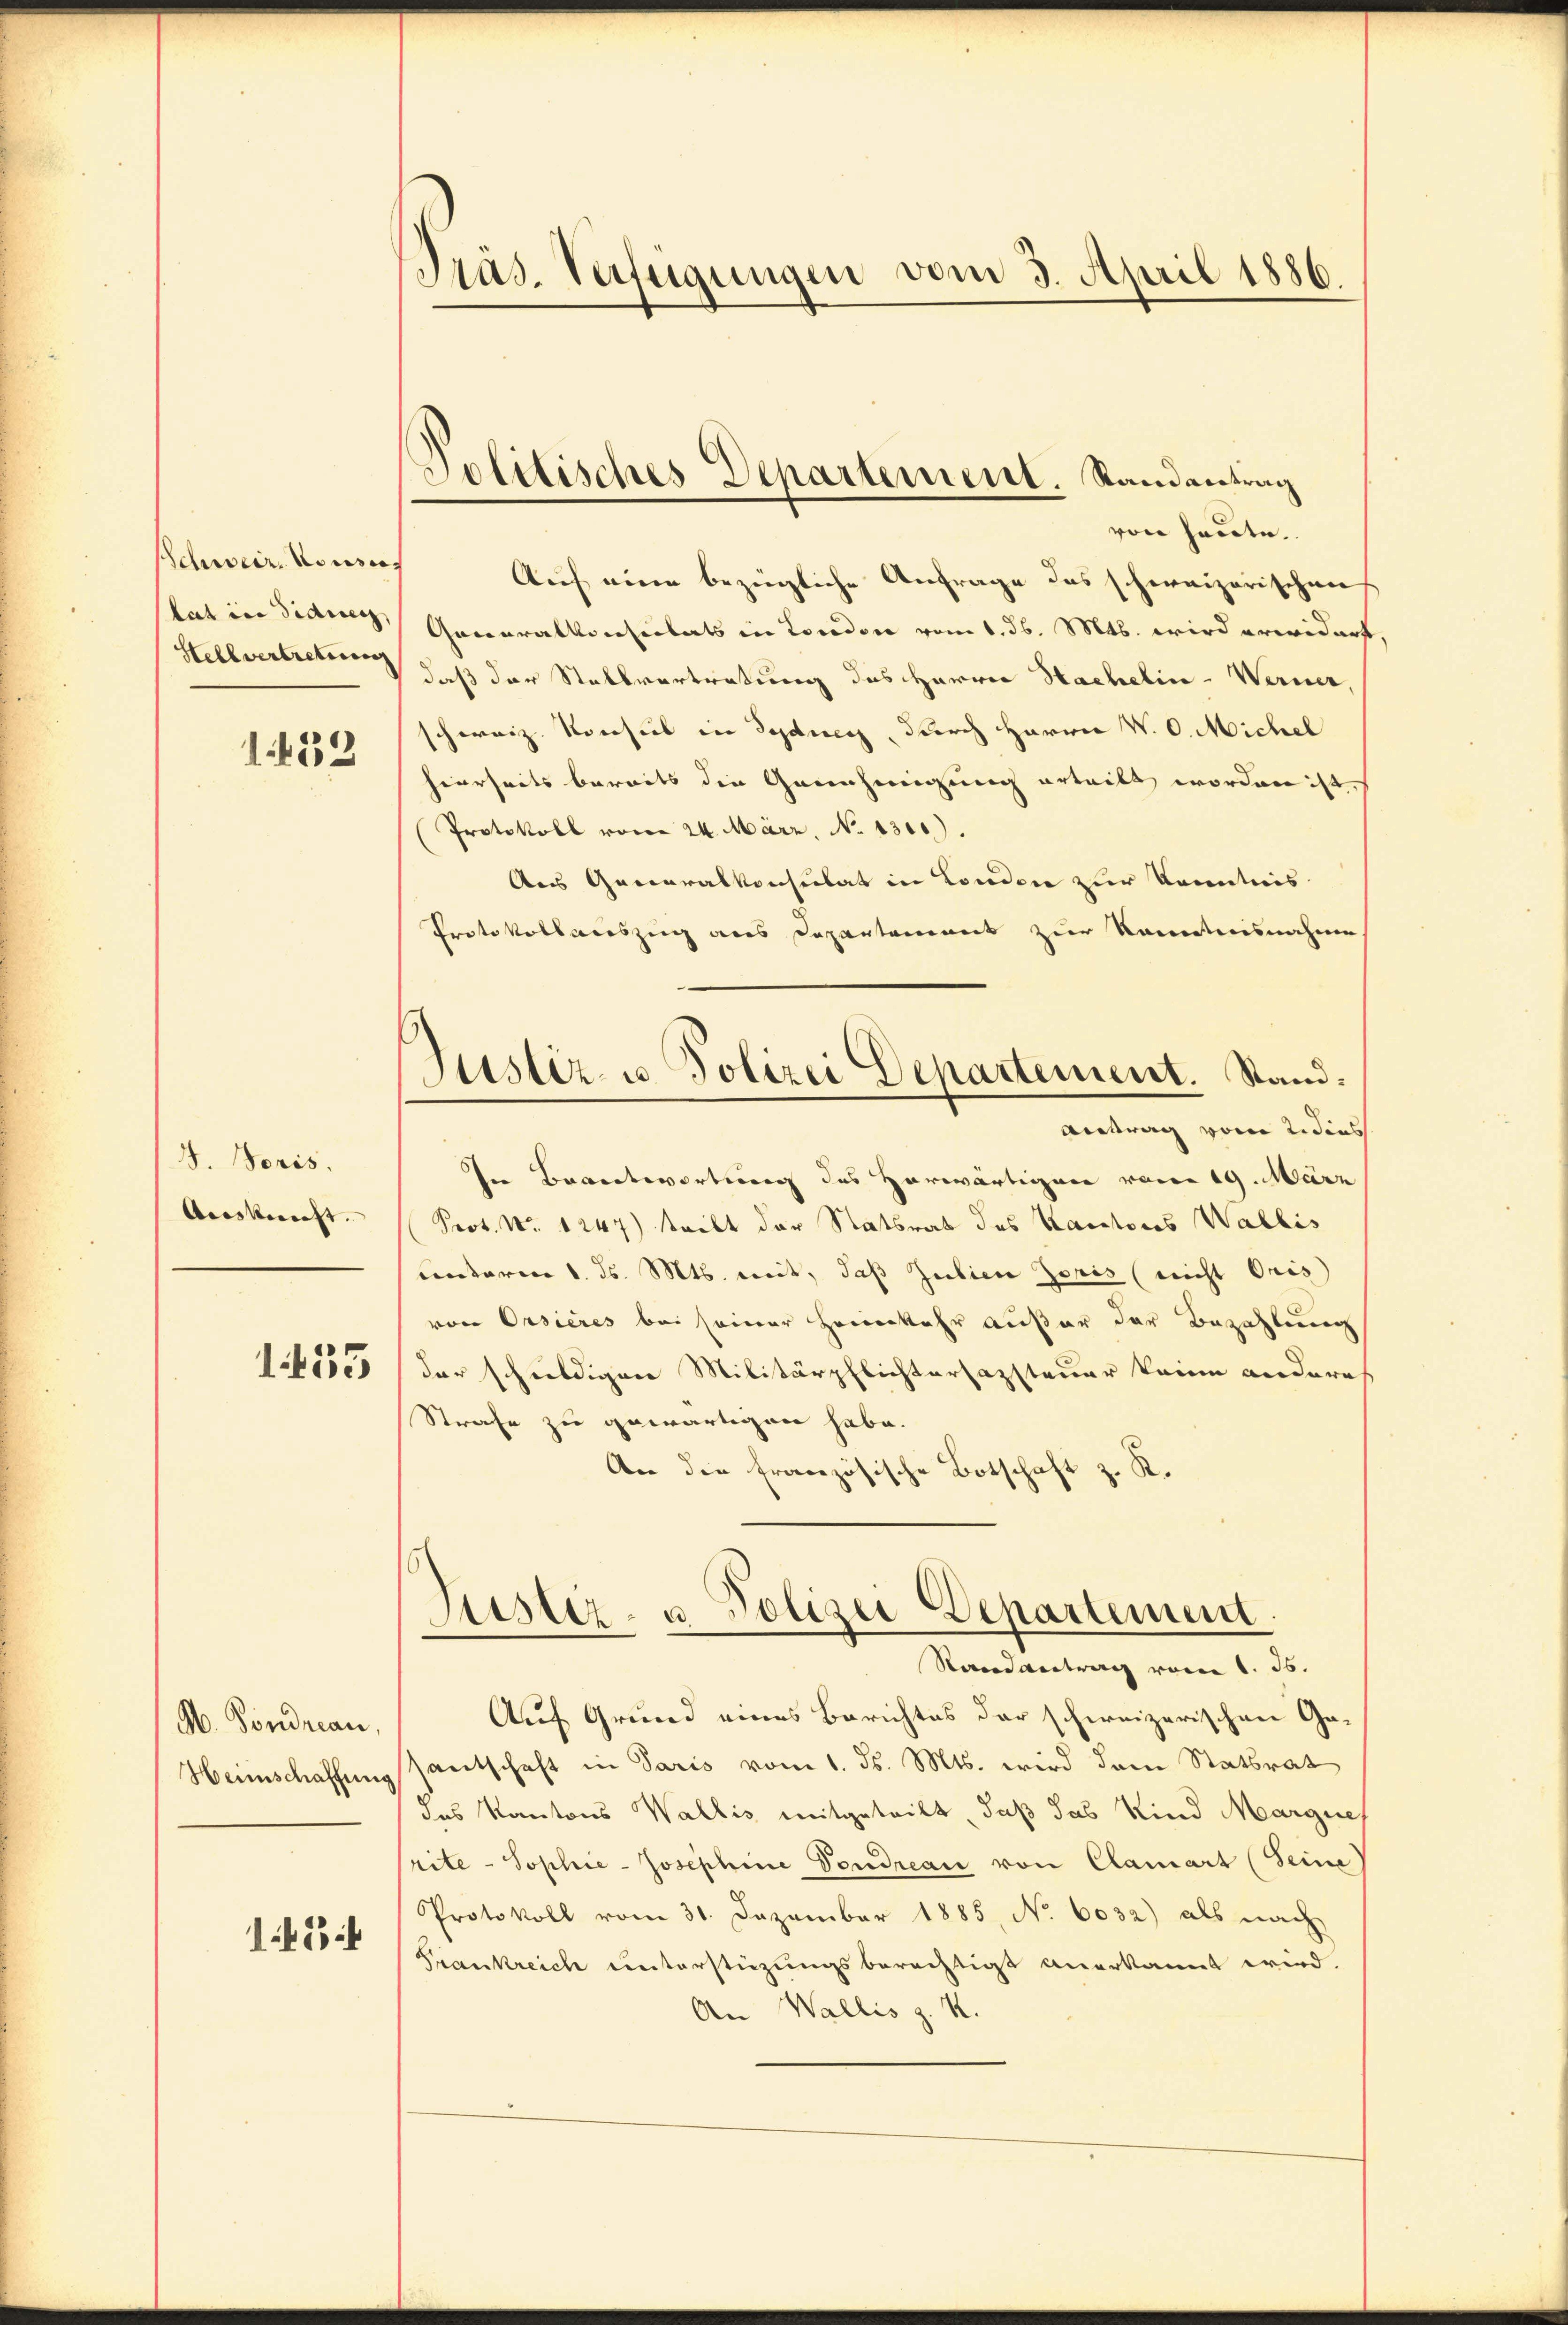
Schweiz. Konsers
lat in didierz
Hellvertretung
1439

4. Noris.
Auskunft. |

1455

M. Fondrean,
Heimschaffung

Präs. Verfügungen vom 3. April 1886.

Politisches Departement. Randantrag

von heute.
Auf eine bezügliche Anfrage des schweizerischen
Generalkonstitats in London vom 1. d. Mts. wird erwidert
daß der Stallvertretung des Herren Sachelin - Werner
schweiz. Korsich in Sydues, durch Harrer V. O. Michel
heerseits bereits die Grenzeigung erteilt worden ist,
Protokoll vom 24. März, No 1300).
Aus Generalkonsulat in London zur Kenntnis
Protokollauszug aus Departement zur Kenntnisnahme.
Justiz- u Polizei Departement. Stand:
Antrag vom 2. dies
Ien Beantwortung des Horwärtigen vom 19. März
Prot. Nr. 1247) tritt der Statsrat des Kantores Wallis
cretaren 1. d. Mts. weit, daß Zuilien Zoris (nicht Oris
von Orsieres bei seiner Heimkehr außer der Bezahlung
dar schuldigen Militärpflichtersazsteuer keine anderes
Strafe zu gewärtigen habe.
An die französische Botschaft z. R.

Jüster- u Polizei-Departement.

Nandvertrag vom 1. Js.
Auf Grund eines Berichtes der schweizerischen Gasantschaft in Paris vom 1. ds. Mts. wird dem Statbrat
des Kantons Wallis mitgeteilt, daß das Kind Margnes
rite - Sophie-Josephine Pondreau von Clamart (Seine
Protokoll vom 31. Dezember 1885, No 6032) als nach
Frankreich unterstüzungsberechtigt anerkannt wird.
An Wallis z. R.